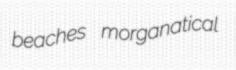
beaches morganatical